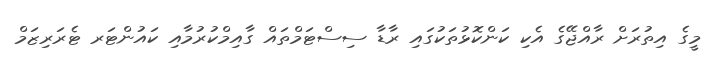
މީގެ އިތުރަށް ރާއްޖޭގެ އެކި ކަންކޮޅުތަކުގައި ރާޑާ ސިސްޓަމްތައް ގާއިމްކުރުމާއި ކައުންޓަރ ޓެރަރިޒަމް